Report on vaccination in Madras 1922-1929 - 1922-1929
Year: 1922
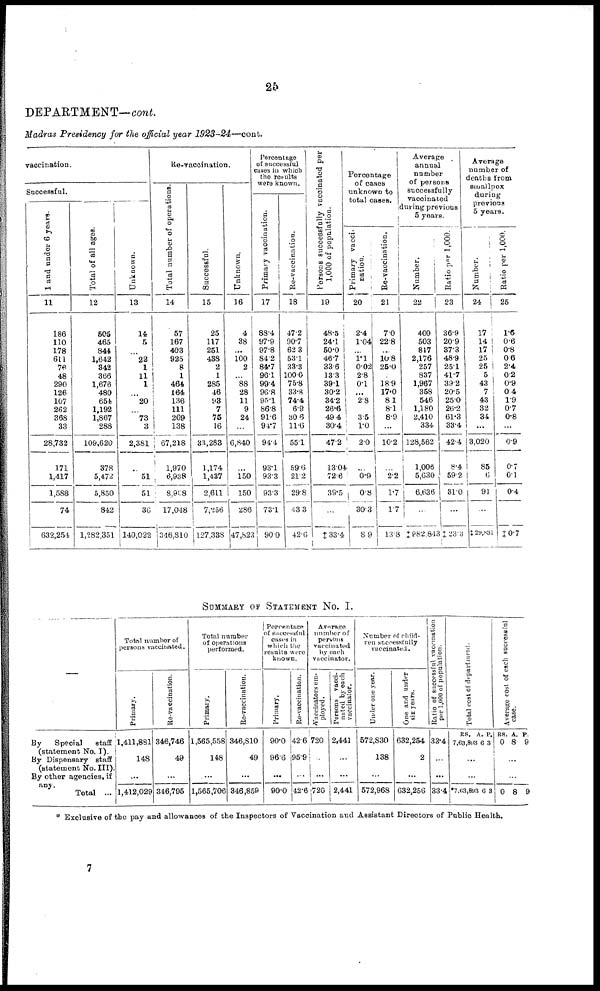
25
DEPARTMENT—cont.
Madras Presidency for the official year 1923-24—cont.
vaccination.
Successful.
1 and under 6 years.
11
186
110
178
611
76
48
290
126
107
262
368
33
28,732
171
1,417
1,588
74
632,254
Total of all ages.
12
505
465
844
1,642
342
366
1,676
480
654
1,192
1,867
288
109,620
378
5,472
5,850
842
1,282,351
Unknown.
13
14
5
...
22
1
11
1
...
20
...
73
3
2,381
...
51
51
36
140,022
Re-vaccination.
Total number of operations.
14
57
167
403
925
8
1
464
164
136
111
269
138
67,218
1,970
6,938
8,908
17,048
346,810
Successful.
15
25
117
251
438
2
1
285
46
93
7
75
16
33,283
1,174
1,437
2,611
7,256
127,338
Unknown.
16
4
38
...
100
2
...
88
28
11
9
24
...
6,840
...
150
150
286
47,823
Percentage
of successful
cases in which
the results
were known.
Primary vaccination.
17
88.4
97.9
97.8
84.2
84.7
96.1
99.4
96.8
95.1
86.8
91.6
94.7
94.4
93.1
93.3
93.3
73.1
90.0
Re-vaccination.
18
47.2
90.7
62.3
53.1
33.3
100.0
75.8
33.8
74.4
6.9
30.6
11.6
55.1
59.6
21.2
29.8
43.3
42.6
Persons successfully vaccinated per
1,000 of population.
19
48.5
24.1
50.0
46.7
33.6
13.3
39.1
30.2
34.2
26.6
49.4
30.4
47.2
13.04
72.6
39.5
...
‡33.4
Percentage
of cases
unknown to
total cases.
Primary vacci-
nation.
20
2.4
1.04
...
1.1
0.02
2.8
0.1
...
2.8
...
3.5
1.0
2.0
...
0.9
0.8
30.3
8.9
Re-vaccination.
21
7.0
22.8
...
10.8
25.0
...
18.9
17.0
8.1
8.1
8.9
...
10.2
...
2.2
1.7
1.7
13.3
Average
annual
number
of persons
successfully
vaccinated
during previous
5 years.
Number.
22
400
503
817
2,176
257
837
1,967
358
546
1,180
2,410
334
128,562
1,006
5,630
6,636
...
‡ 982,843
Ratio per 1,000.
23
36.9
20.9
37.3
48.9
25.1
41.7
39.2
20.5
25.0
26.2
61.3
33.4
42.4
8.4
59.2
31.0
...
‡23.3
Average
number of
deaths from
smallpox
during
previous
5 years.
Number.
24
17
14
17
25
25
5
43
7
43
32
34
...
3,020
85
6
91
...
‡ 29,831
Ratio per 1,000.
25
1.6
0.6
0.8
0.6
2.4
0.2
0.9
0.4
1.9
0.7
0.8
...
0.9
0.7
0.1
0.4
...
‡ 0.7
SUMMARY OF STATEMENT No. I.
—
By
Special
staff
(statement No. I).
By Dispensary staff
(statement No. III).
By other agencies, if
any.
Total ...
Total number of
persons vaccinated.
Primary.
1,411,881
148
...
1,412,029
Re-vaccination.
346,746
49
...
346,795
Total number
of operations
performed.
Primary.
1,565,558
148
...
1,565,706
Re-vaccination.
346,810
49
...
346,859
Percentage
of successful
cases in
which the
results were
known.
Primary.
90.0
96.6
...
90.0
Re-vaccination.
42.6
95.9
...
42.6
Average
number of
persons
vaccinated
by each
vaccinator.
Vaccinators em-
ployed.
720
...
...
720
Persons vacci-
nated by each
vaccinator.
2,441
...
...
2,441
Number of child-
ren successfully
vaccinated.
Under one year.
572,830
138
...
572,968
One and under
six years.
632,254
2
...
632,256
Ratio of successful vaccination
per 1,000 of population.
33.4
...
...
33.4
Total cost of department.
RS.
7,63,893
A.
6
P.
3
...
...
*7,63,893 6 3
Average cost of each successful
case.
RS.
0
A.
8
P.
9
...
...
0 8 9
* Exclusive of the pay and allowances of the Inspectors of Vaccination and Assistant Directors of Public Health.
7